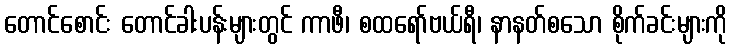
တောင်စောင်း တောင်ခါးပန်းများတွင် ကာဖီ၊ စထရော်ဗယ်ရီ၊ နာနတ်စသော စိုက်ခင်းများကို